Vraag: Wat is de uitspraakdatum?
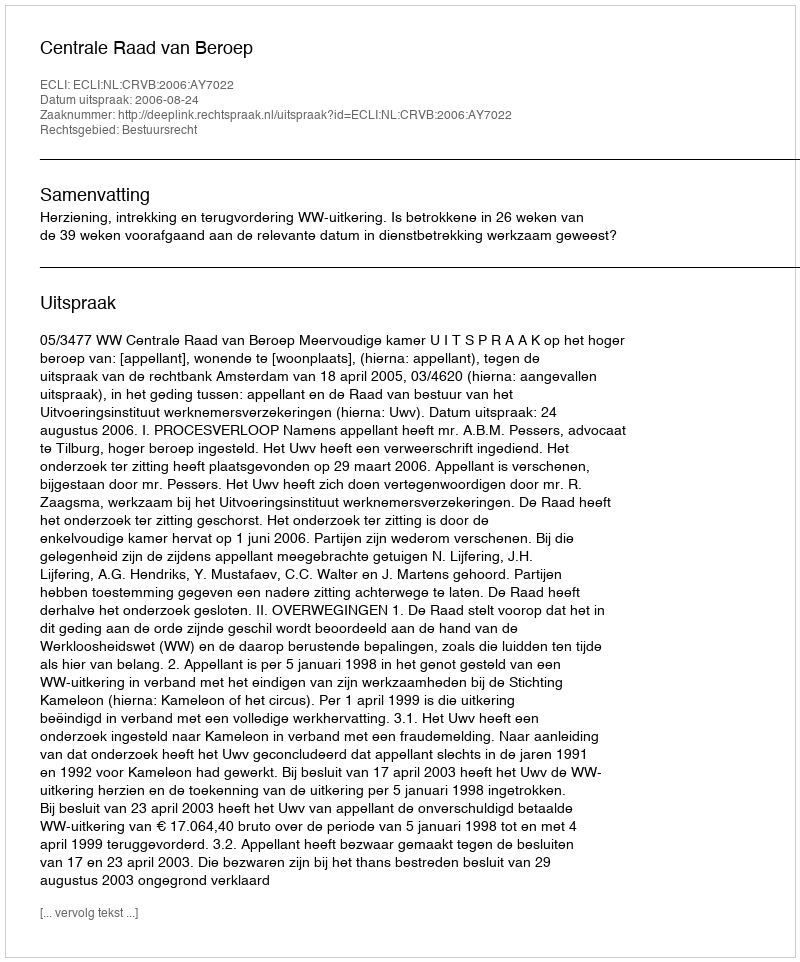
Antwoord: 2006-08-24